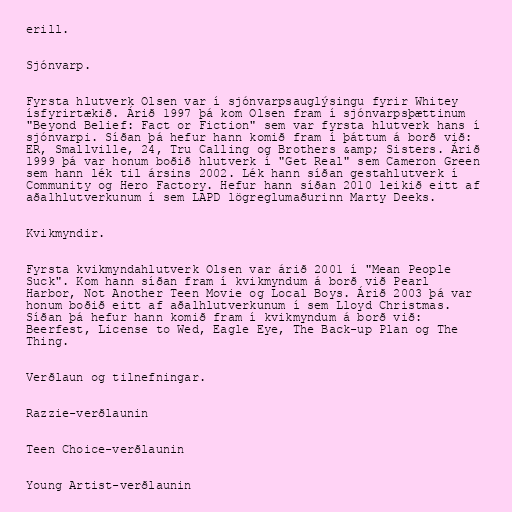
erill.

Sjónvarp.

Fyrsta hlutverk Olsen var í sjónvarpsauglýsingu fyrir Whitey
ísfyrirtækið. Árið 1997 þá kom Olsen fram í sjónvarpsþættinum
"Beyond Belief: Fact or Fiction" sem var fyrsta hlutverk hans í
sjónvarpi. Síðan þá hefur hann komið fram í þáttum á borð við:
ER, Smallville, 24, Tru Calling og Brothers &amp; Sisters. Árið
1999 þá var honum boðið hlutverk í "Get Real" sem Cameron Green
sem hann lék til ársins 2002. Lék hann síðan gestahlutverk í
Community og Hero Factory. Hefur hann síðan 2010 leikið eitt af
aðalhlutverkunum í sem LAPD lögreglumaðurinn Marty Deeks.

Kvikmyndir.

Fyrsta kvikmyndahlutverk Olsen var árið 2001 í "Mean People
Suck". Kom hann síðan fram í kvikmyndum á borð við Pearl
Harbor, Not Another Teen Movie og Local Boys. Árið 2003 þá var
honum boðið eitt af aðalhlutverkunum í sem Lloyd Christmas.
Síðan þá hefur hann komið fram í kvikmyndum á borð við:
Beerfest, License to Wed, Eagle Eye, The Back-up Plan og The
Thing.

Verðlaun og tilnefningar.

Razzie-verðlaunin

Teen Choice-verðlaunin

Young Artist-verðlaunin